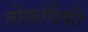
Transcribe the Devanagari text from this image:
तोफ़ांपैकी